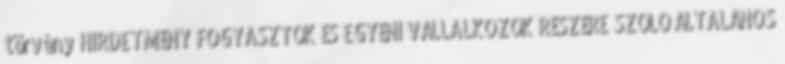
törvény HIRDETMÉNY FOGYASZTÓK ÉS EGYÉNI VÁLLALKOZÓK RÉSZÉRE SZÓLÓ ÁLTALÁNOS